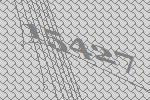
15427